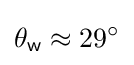
\theta _{\mathsf {w}}\approx 29^{\circ }